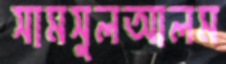
সামসুলআলম